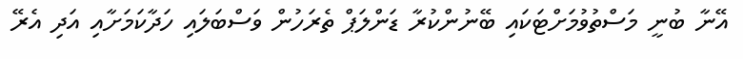
އޭނާ ބުނީ މަސްތުވުމަށްޓަކައި ބޭނުންކުރާ ޑަންލަޕް ތެރަހުން ވަސްބަލައި ހަދާކަމަށާއި އަދި އެރޭ